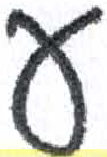
אות: ע